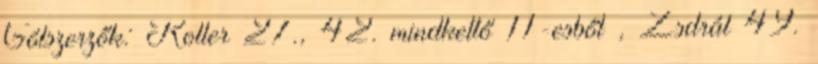
Gólszerzők: Koller 27., 42. mindkettő 11-esből , Zsdrál 49.